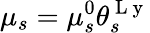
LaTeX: \mu_{s}=\mu_{s}^{0}\theta_{s}^{\mathrm{~L~y~}}